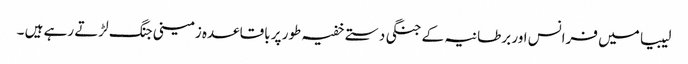
لیبیا میں فرانس اور برطانیہ کے جنگی دستے خفیہ طور پر باقاعدہ زمینی جنگ لڑتے رہے ہیں ۔